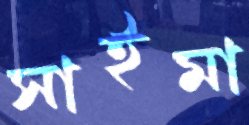
সাইমা